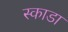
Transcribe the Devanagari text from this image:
स्काडा